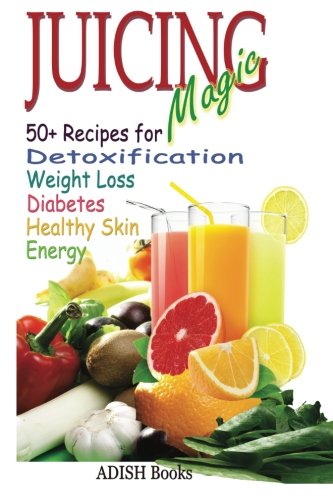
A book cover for Juicing Magic: 50+ Recipes for Detoxification, Weight Loss, Healthy Smooth Skin, Diabetes, Gain Energy and De-Stress; Pamesh Y.; Cookbooks, Food & Wine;